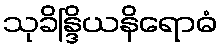
သုခိန္ဒြိယနိရောဓံ